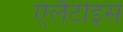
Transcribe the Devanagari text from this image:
ऐलैटोइस